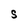
Character: S